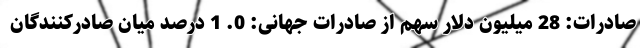
صادرات: 28 میلیون دلار سهم از صادرات جهانی: 0. 1 درصد میان صادرکنندگان